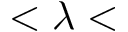
< \lambda <